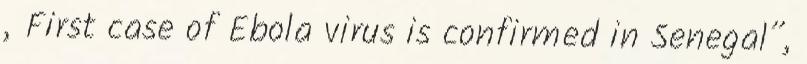
„First case of Ebola virus is confirmed in Senegal”,